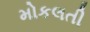
મોકલતી